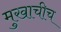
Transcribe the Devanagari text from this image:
मुखाचीच